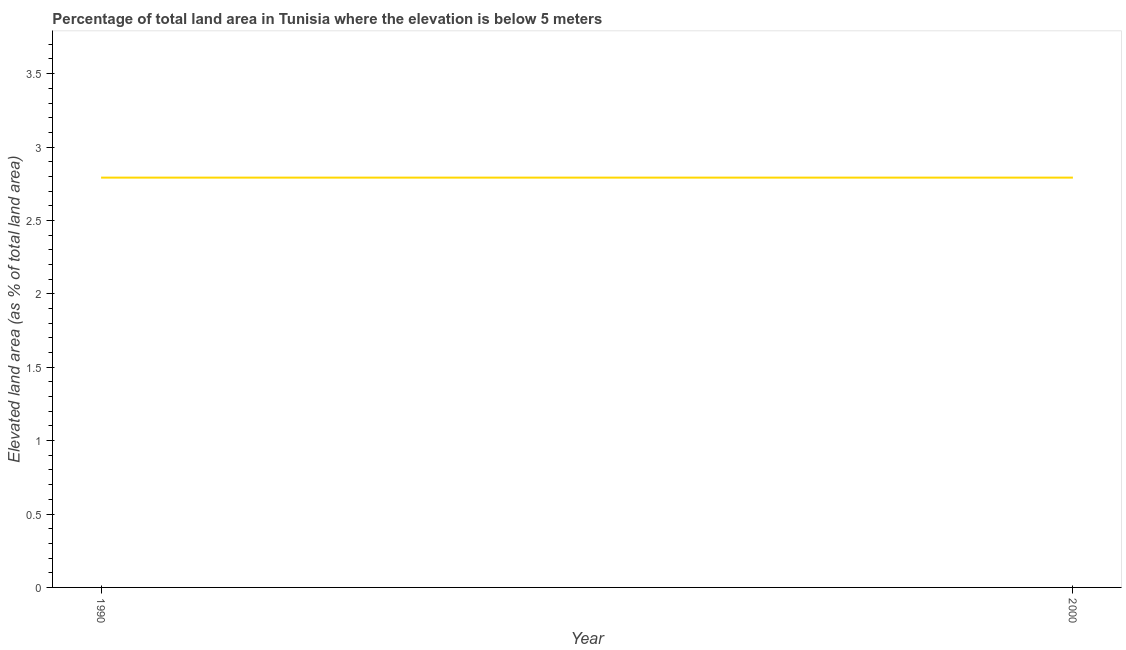
| Year | Land area |
 | --- | --- |
 | 1990 | 2.79 |
 | 2000 | 2.79 |